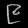
Digit: ၉